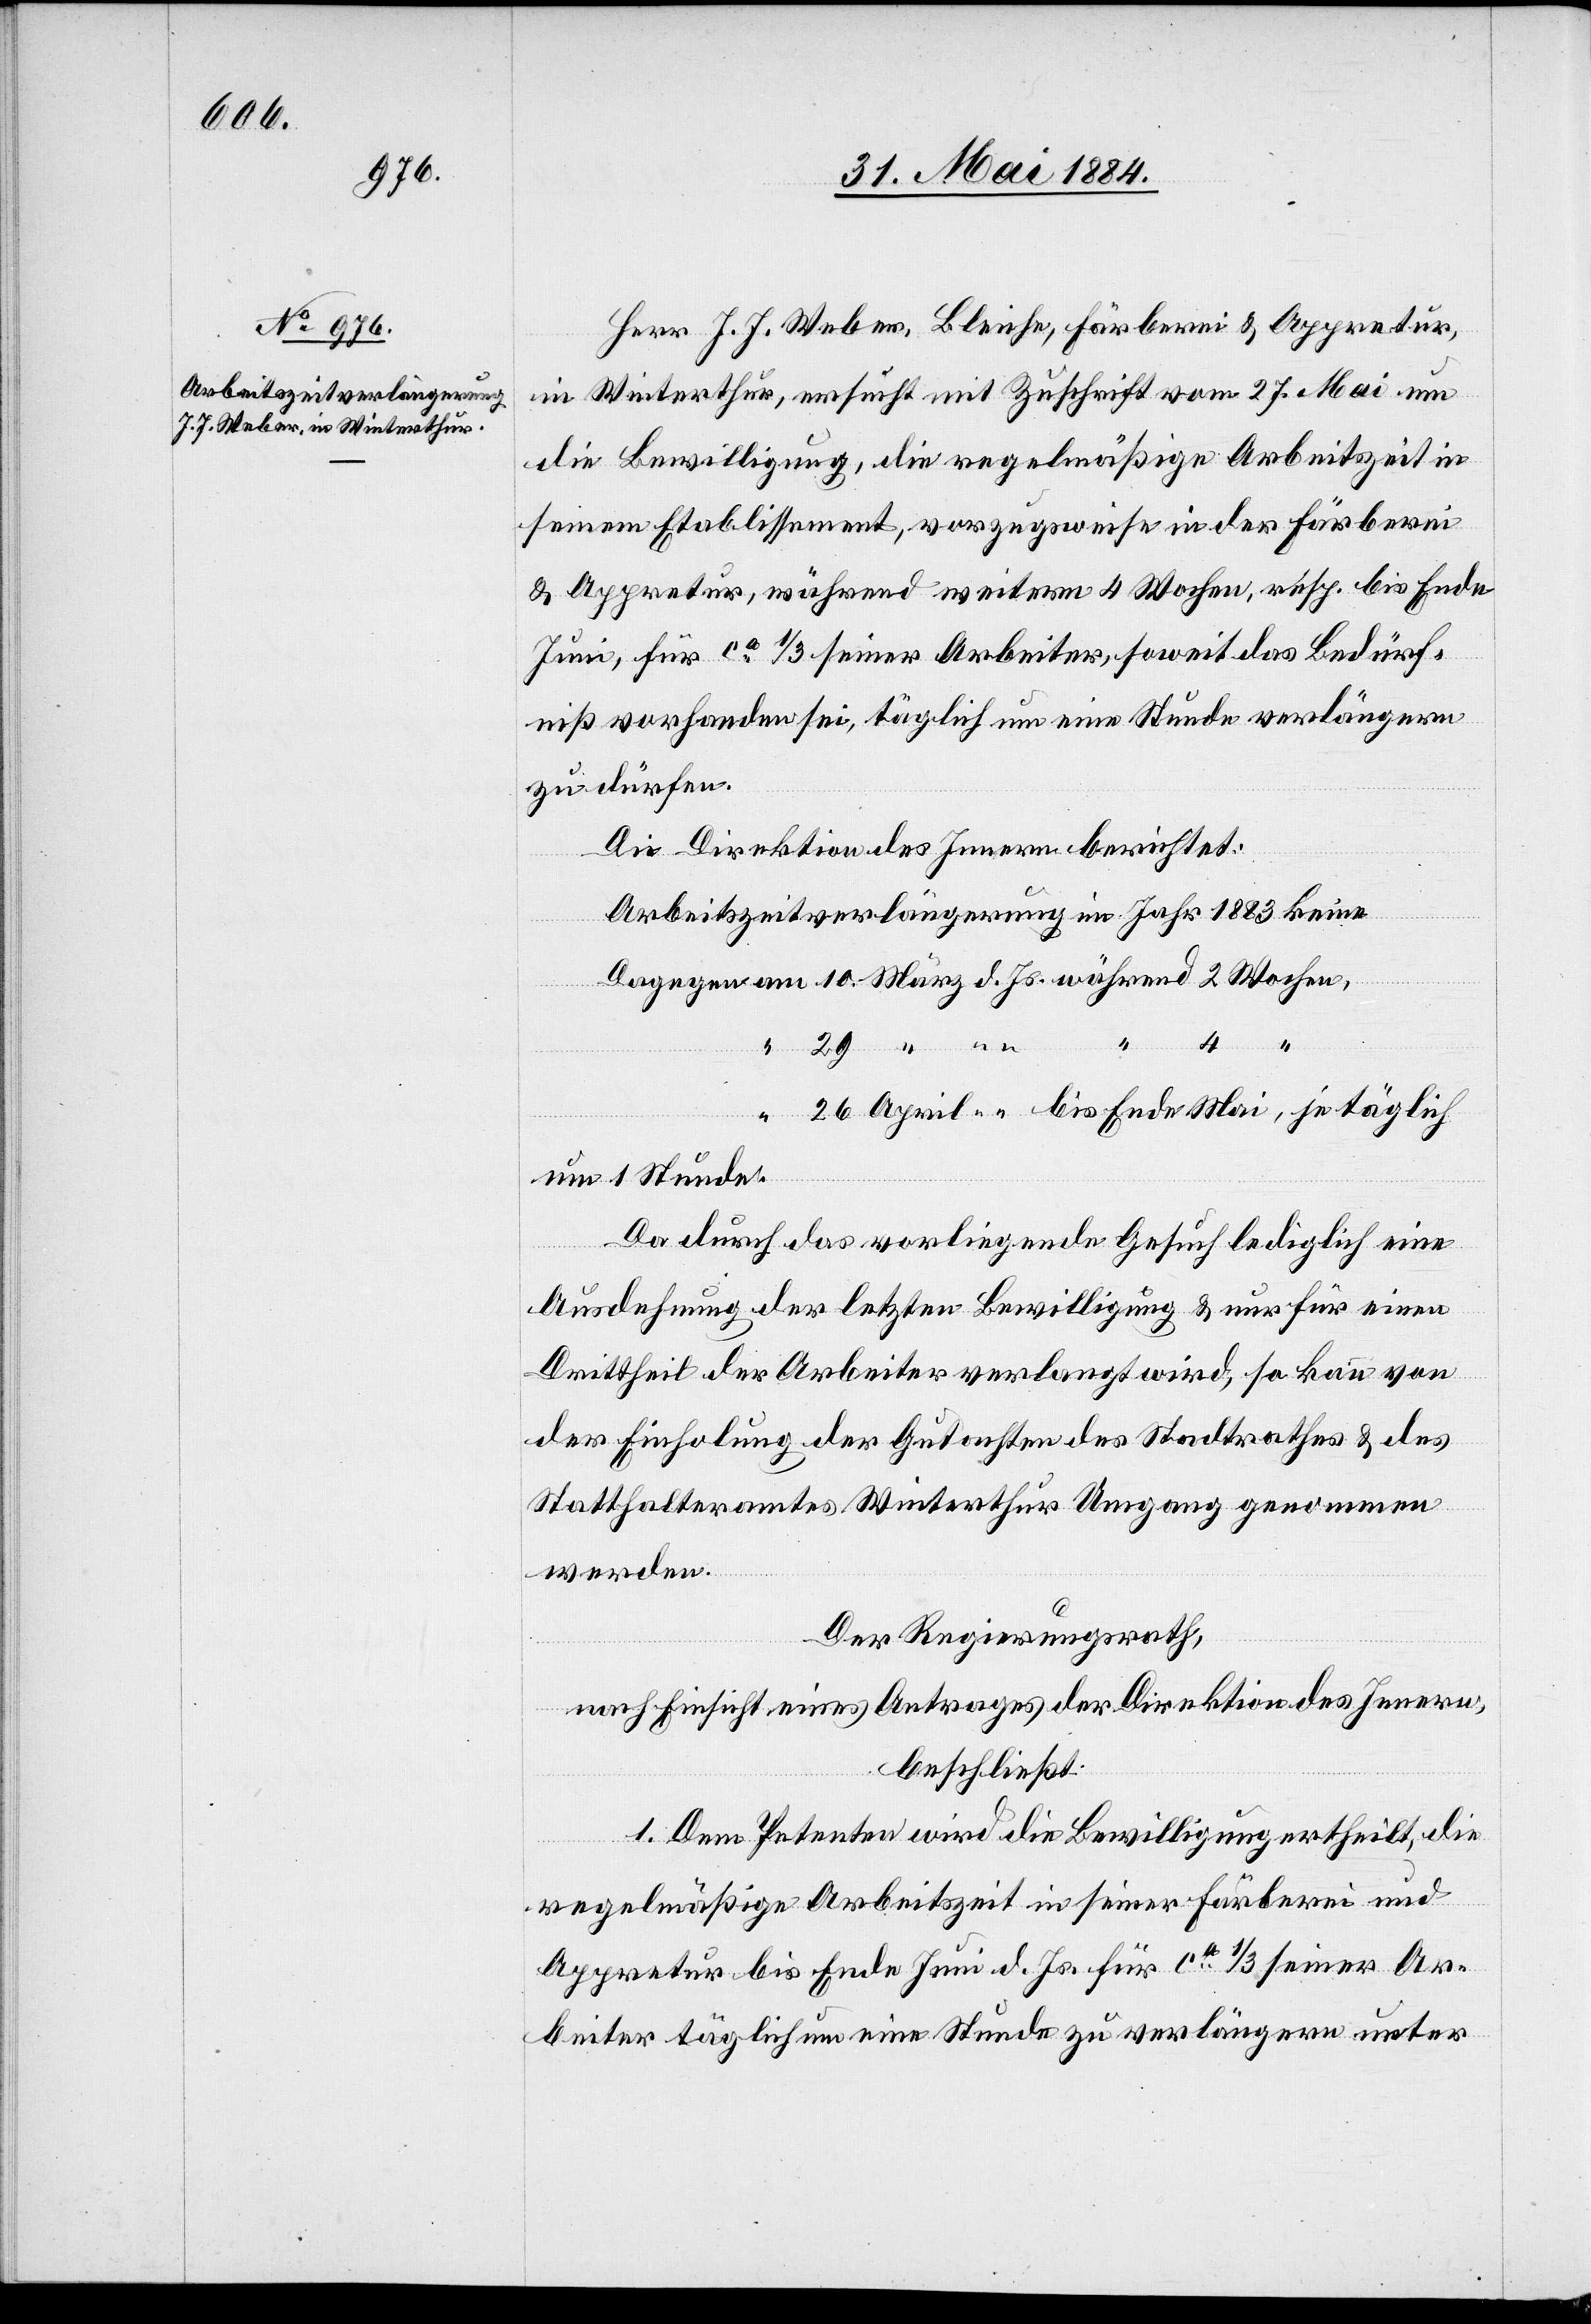
26.

Herr J. J. Weber, Bleiche, Färberei & Appretur,
in Winterthur, ersucht mit Zuschrift vom 27. Mai um
die Bewilligung, die regelmäßige Arbeitszeit in
seinem Etablissement, vorzugsweise in der Färberei
& Appretur, während weitern 4 Wochen, resp. bis Ende
Juni, für ca 1/3 seiner Arbeiter, soweit das Bedürf¬
niß vorhanden sei, täglich um eine Stunde verlängern
zu dürfen.
Die Direktion des Innern berichtet:
Arbeitszeitverlängerung im Jahr 1883 keine.
4
um eine Stunde.
Da durch das vorliegende Gesuch lediglich eine
Wochen,
Ausdehnung der letzten Bewilligung & nur für einen
Drittheil der Arbeiter verlangt wird, so kann von
der Einholung der Gutachten des Stadtrathes & des
d.
Statthalteramtes Winterthur Umgang genommen
werden.
Mai,
Der Regierungsrath,
nach Einsicht eines Antrages der Direktion des Innern,
beschließt:
1. Dem Petenten wird die Bewilligung ertheilt, die
regelmäßige Arbeitszeit in seiner Färberei und
Appretur bis Ende Juni d. Js. für ca 1/3 seiner Ar¬
beiter täglich um eine Stunde zu verlängern unter